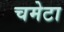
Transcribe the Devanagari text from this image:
चमेटा